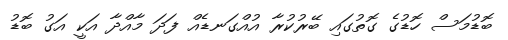
ބޮޑުމަސް ހޮޑުގެ ގޮތުގައި ބޭރުކުރާ އުއްގަނޑެއް ފަދަ މާއްދާ އަކީ އަގު ބޮޑު